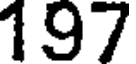
197